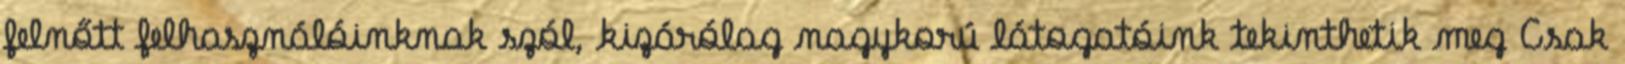
felnőtt felhasználóinknak szól, kizárólag nagykorú látogatóink tekinthetik meg Csak